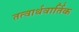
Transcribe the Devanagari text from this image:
तत्वार्थवार्तिक